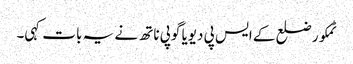
ٹمکور ضلع کے ایس پی دیویا گوپی ناتھ نے یہ بات کہی۔